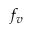
f _ { v }